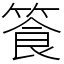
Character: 篒